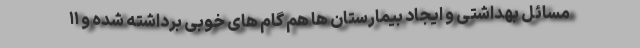
مسائل بهداشتی و ایجاد بیمارستان ها هم گام های خوبی برداشته شده و ۱۱